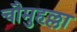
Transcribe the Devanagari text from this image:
चौमुहल्ला